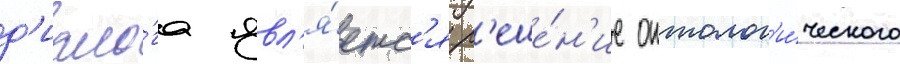
д'иало́га явл'я́етс'я р'еше́н'ие онтолог'и́ческого